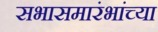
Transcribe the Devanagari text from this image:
सभासमारंभांच्या